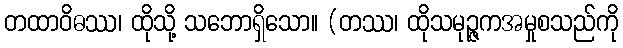
တထာဝိဓဿ၊ ထိုသို့ သဘောရှိသော။ (တဿ၊ ထိုသမုဉ္ဇကအမှုစသည်ကို